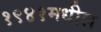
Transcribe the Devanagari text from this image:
१९४१मधील